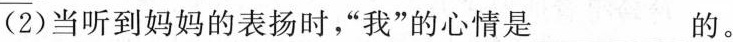
(2)当听到妈妈的表扬时，”我”的心情是 ___的。